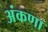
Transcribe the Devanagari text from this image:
अंकणा